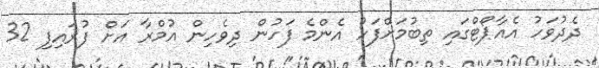
ދެދުވަހު އެއާޕޯޓްގައި ތިބުމަށްފަހު އެންމެ ފަހުން ދިވެހިން އުމްރާ އަށް ފުރައިފި 32